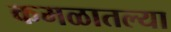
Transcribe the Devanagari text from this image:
कमळातल्या